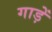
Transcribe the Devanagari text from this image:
गाड़ें